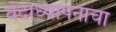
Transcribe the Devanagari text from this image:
वेदाध्यापनाचा